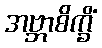
အဗ္ဘာစိက္ခိံ